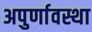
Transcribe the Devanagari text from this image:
अपुर्णावस्था